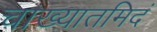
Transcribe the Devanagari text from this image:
चाख्यातमिदं